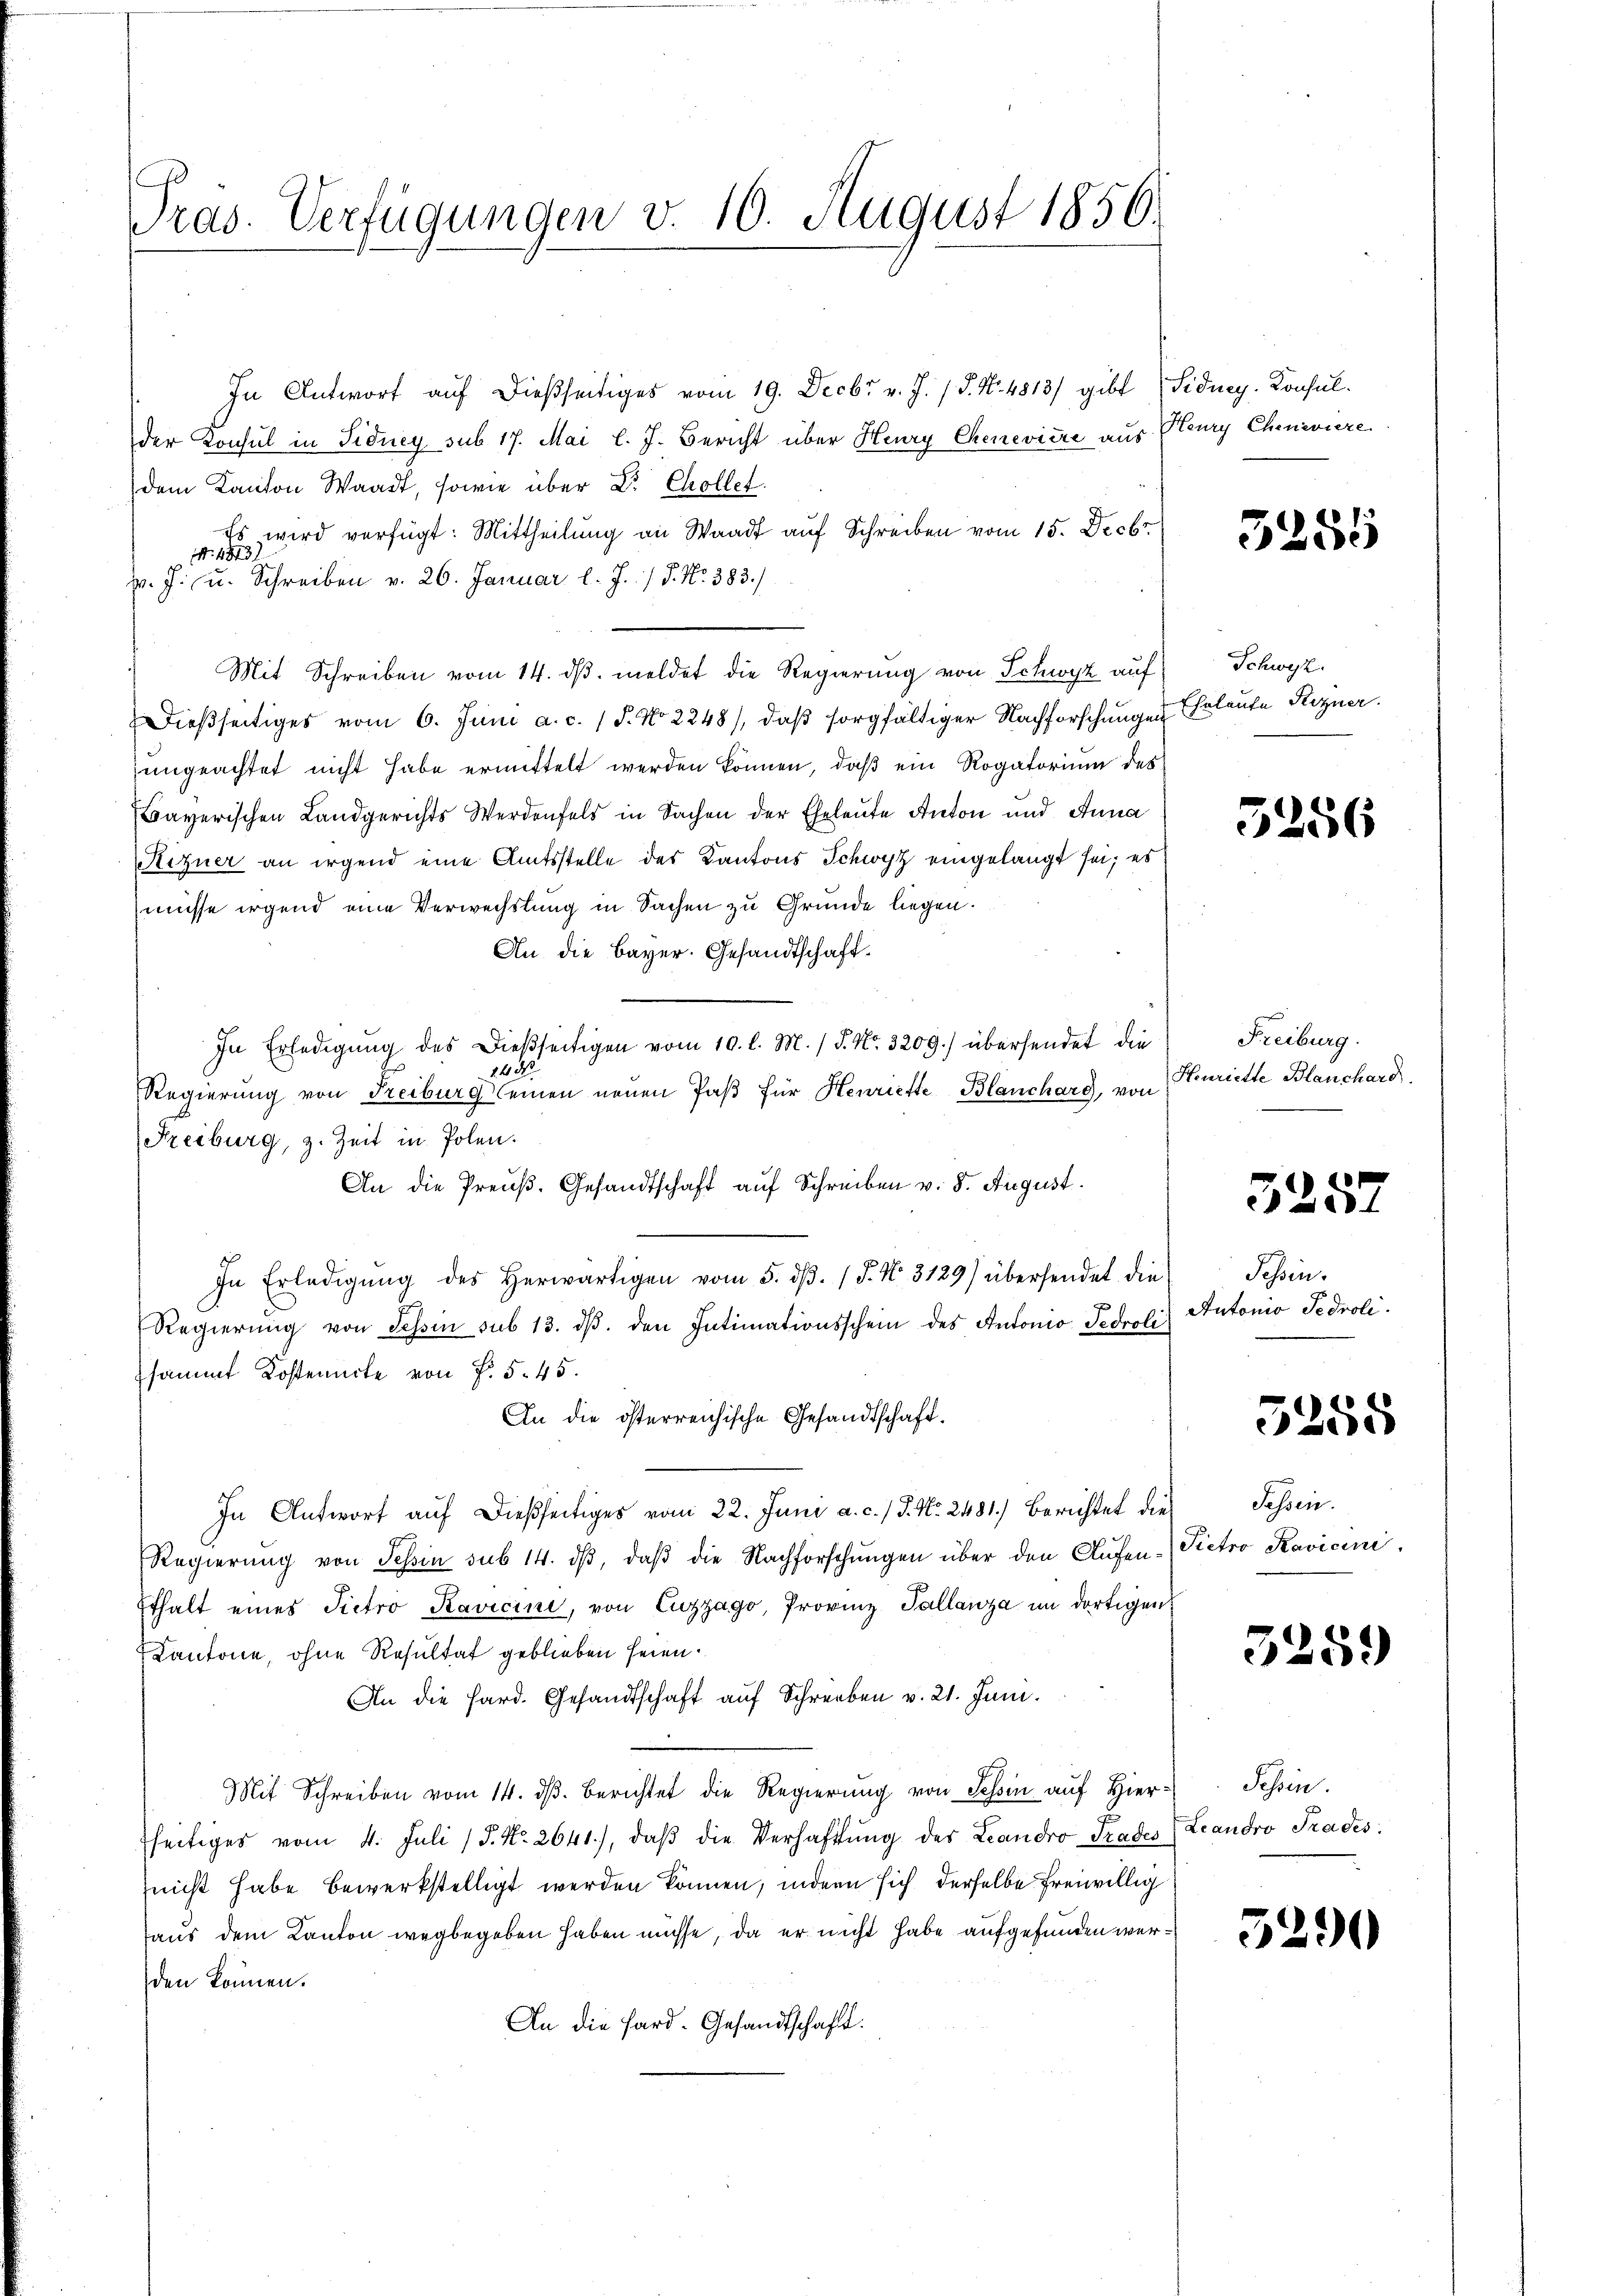
Pras. Verfügungen v. 10. August 1856.

In Antwort auf dießseitiges vom 19. Decbr v. J. J. N. 4813/ gibt (Fidney- Konsulder Konsul in Sidney sub 17. Mai l. J. Bericht über Henry Chenevière aus
dem Kanton Waadt, sowie über Dr. Collet
Es wird verfügt: Mittheilung an Waadt auf Schreiben vom 15. Decbr.
Nr. 1873
pr. J. u. Schreiben v. 26. Januar l. J. / P. Nr. 383.
Mit Schreiben vom 14. dβ. meldet die Regierŭng von Schwyz aŭf Schwyz,
Dießseitiges vom 6. Juni a. c. 1 P. No 2248), daβ sorgfältiger Nachforschungen Eheleute Regner.
ungeachtet nicht habe ermittelt werden können, daß ein Rogatorium des
Bayerischen Landgerichts Werdenfels in Sachen der Eheleute Anton und Anna
Rizner an irgend eine Amtsstelle des Kantons Schwyz eingelangt sei; es
müsse irgend eine Verwechslung in Sachen zu Grunde liegen.
An die Bayer. Gesandtschaft.
In Erledigŭng des Dießseitigen vom 10. l. M. / 5. No. 3209.) übersendet die
148
Regierung von Freiburg Cemen neuen Paβ für Henriette Blanchard, von
Freiburg, z. Zeit in Polen.
An die Preuß. Gesandtschaft auf Schreiben v. 8. August.
In Erledigŭng des herwärtigen vom 5. dβ. / 5. No. 3129) übersendet die
Regierŭng von Tessin sub 13. dβ. den Intimationsschein des Antonio Tedroli
sammt Kostenncte von f. 545.
An die österreichische Gesandtschaft.
In Antwort auf dießseitiges vom 22. Juni a. c. J. No. 2481.) Berichtet die
Regierung von Tessin sub 14. dβ, daß die Nachforschungen über den Aufen¬
Ethalt eines Pietro Ravicini, von Cuzzago, Provinz Tallanza im dortigen
Kantone, ohne Resultat geblieben seien.
An die Hard. Gesandtschaft auf Schreiben v. 21. Juni.
Mit Schreiben vom 14. dβ. Berichtet die Regierung von Tessin auf Hierfseitiges vom 4. Juli 13. No. 2641), daβ die Verhaftung des Landro Trades
nicht habe bewerkstelligt werden können, indern sich derselbe freiwillig
aus dem Kanton wegbegeben haben müsse, da er nicht habe aufgefunden werden können.
An die Hard- Gesandtschaft.

Heury Cheneviere

5255

3256

Freiburg.
Henriette Blanchard

3257

Tessin.
Autonio Sedroli

5255

Fessen.
Pietro Ravicini

325.

Tessin.
Leandro Trades.

5290